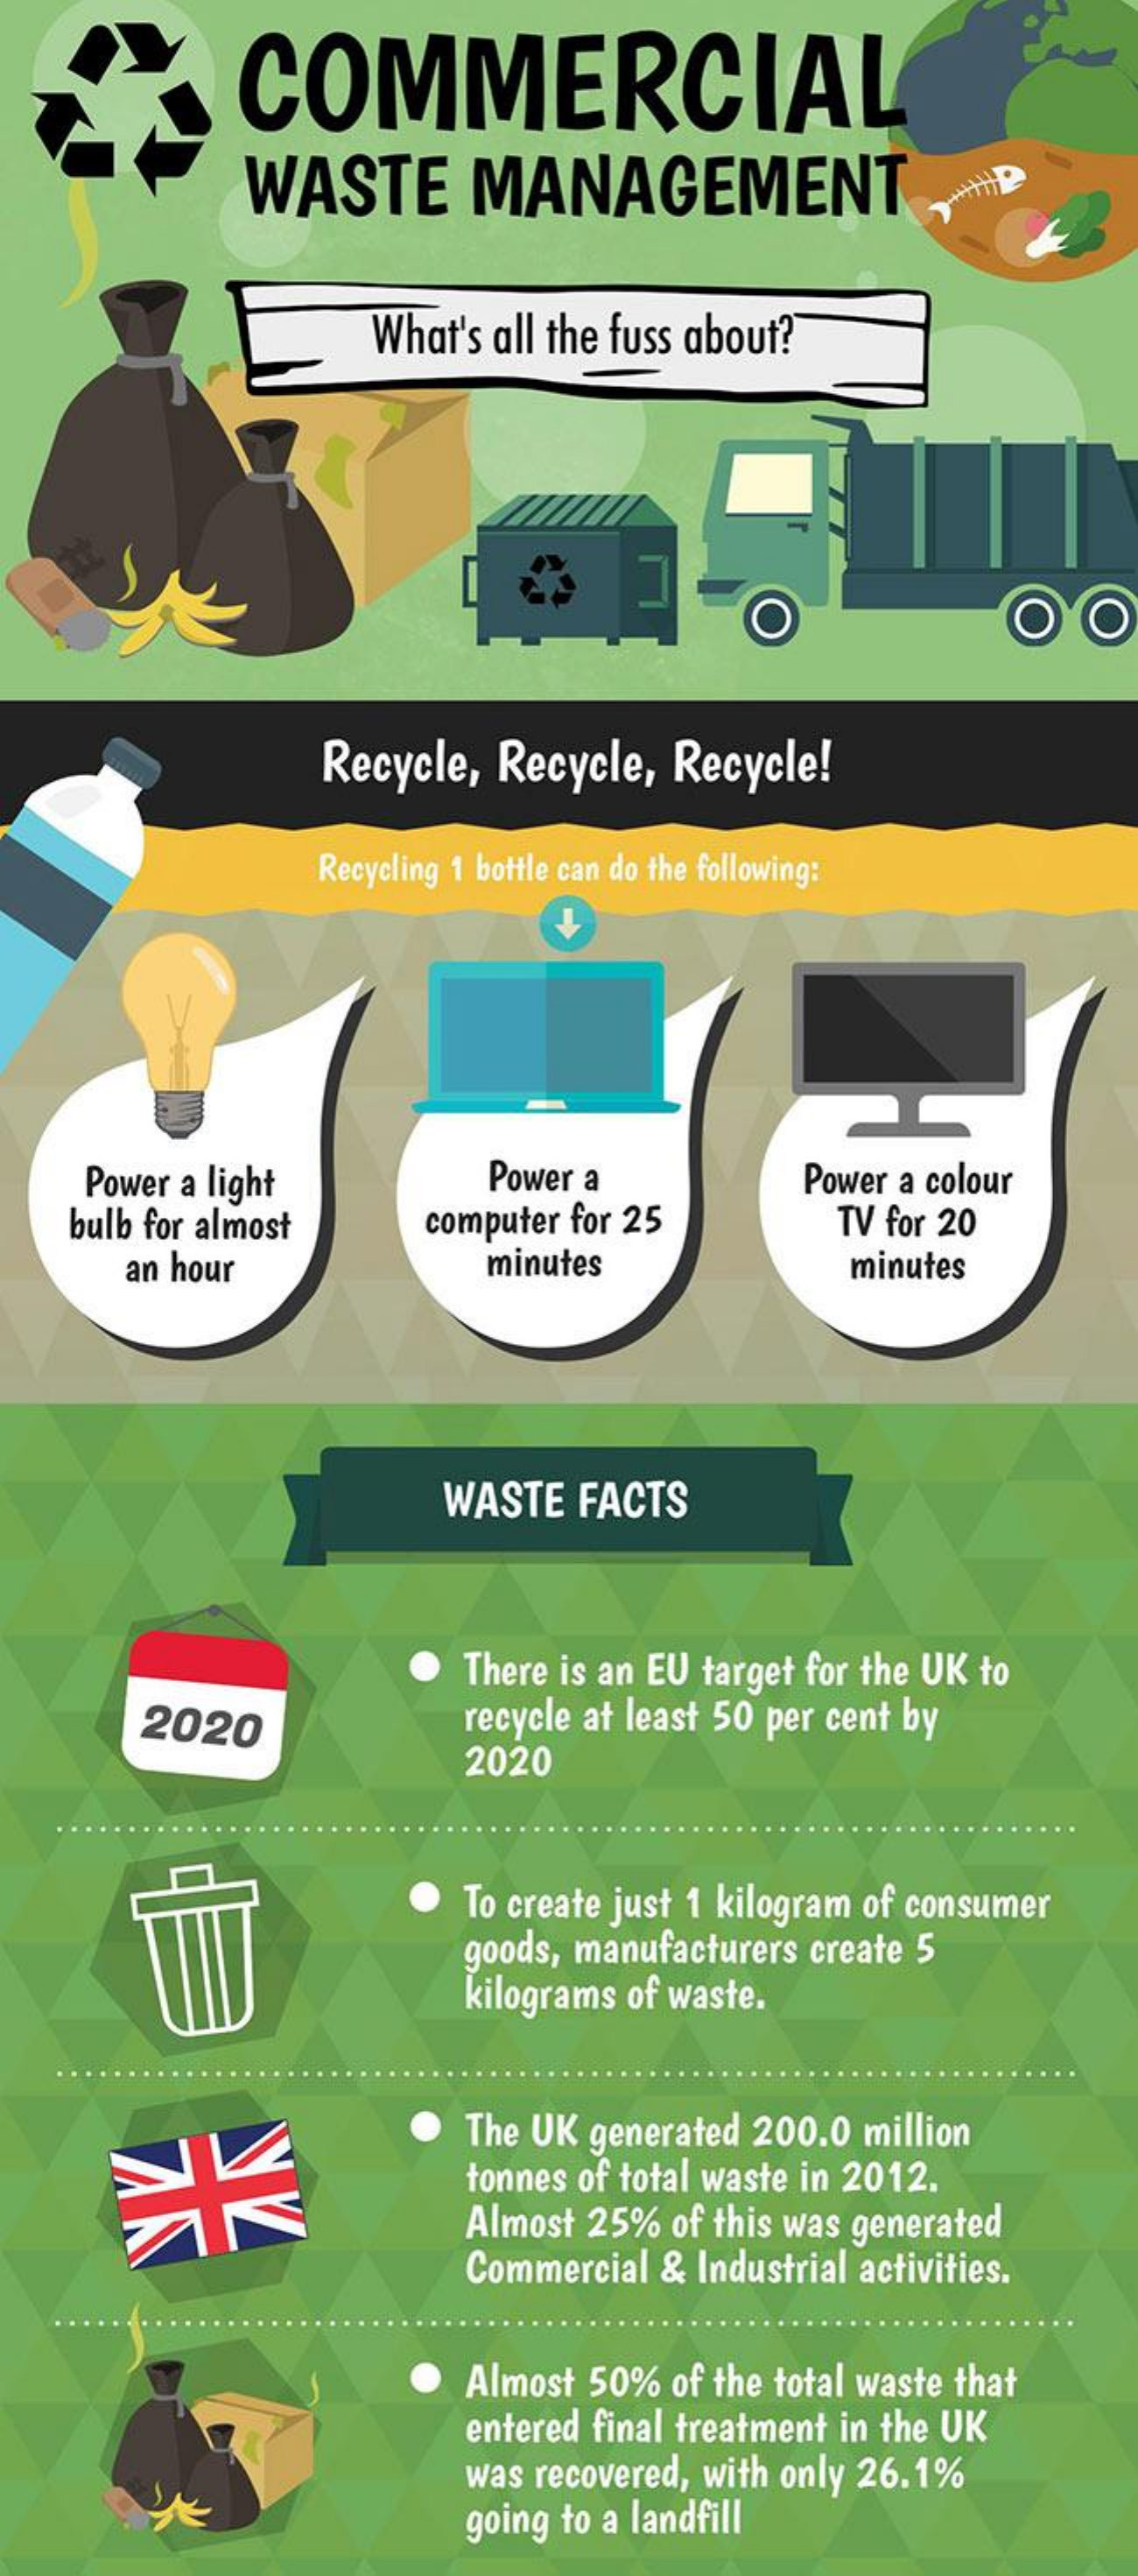
COMMERCIAL
     WASTE    MANAGEMENT
     What's  all the fuss about?
     -
     Recycle,   Recycle,    Recycle!
     Recycling 1 bottle can do the following:
     Power a light    Power a    Power a colour
     bulb for almost    computer for 25    TV for 20
     an hour    minutes    minutes
     WASTE   FACTS
     There is an EU  target for the UK  to
     2020    recycle at least 50 per cent by
     2020
     To create just 1 kilogram  of consumer
     goods, manufacturers   create 5
     kilograms  of waste.
     The UK  generated  200.0   million
     tonnes of total waste in 2012.
     Almost  25%   of this was generated
     Commercial   & Industrial  activities.
     Almost  50%   of the total waste that
     entered  final treatment in the UK
     was  recovered, with only  26.1%
     going to a landfill